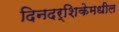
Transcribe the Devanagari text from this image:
दिनदर्शिकेमधील